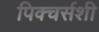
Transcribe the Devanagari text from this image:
पिक्चर्सशी